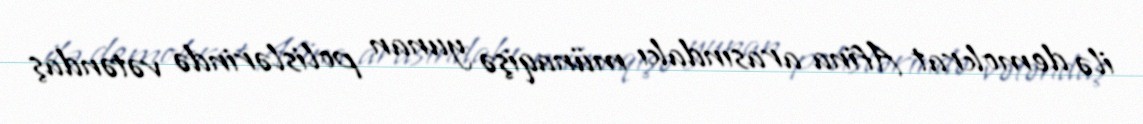
ilə demokrat Afina arasındakı münaqişə yunan polislərində vətəndaş